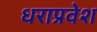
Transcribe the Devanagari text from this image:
धराप्रवेश